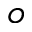
o